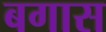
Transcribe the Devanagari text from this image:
बगास